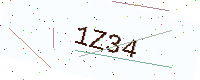
Text: 1Z34